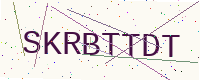
Text: SKRBTTDT